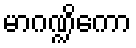
မာဂဏ္ဍိကော